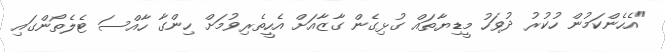
"އެހެންކަމުން ހުކުރު ދުވަހު މީޑިޔާތައް ގުޅިގެން ގާޒާއަށް އެހީތެރިވުމަށް ހިންގާ ހާއްސަ ޓެލެތޯންގައި